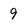
Character: 9